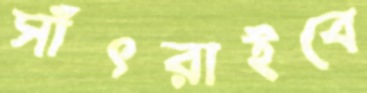
সাঁৎরাইবে